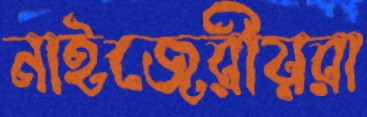
নাইজেরীয়রা